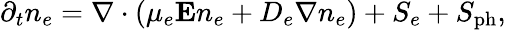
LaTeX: \partial_{t}n_{e}=\nabla\cdot(\mu_{e}\mathbf{E}n_{e}+D_{e}\nabla n_{e})+S_{e}+S_{\mathrm{ph}},